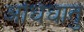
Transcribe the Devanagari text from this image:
अधिधातु